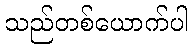
သည်တစ်ယောက်ပါ